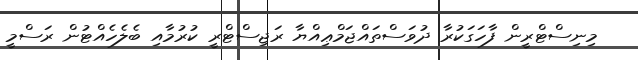
މިނިސްޓްރީން ފާހަގަކުރާ ދުވަސްތައްޖަމްޢިއްޔާ ރަޖިސްޓްރީ ކުރުމާއި ބެލެހެއްޓުން ރަސްމީ